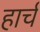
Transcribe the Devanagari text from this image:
हार्च